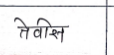
मजकूर: तेवीस